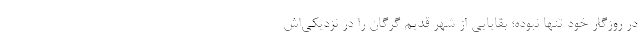
در روزگار خود تنها نبوده؛ بقایایی از شهر قدیم گرگان را در نزدیکی‌اش